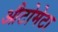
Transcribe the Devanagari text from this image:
औटोमेटा